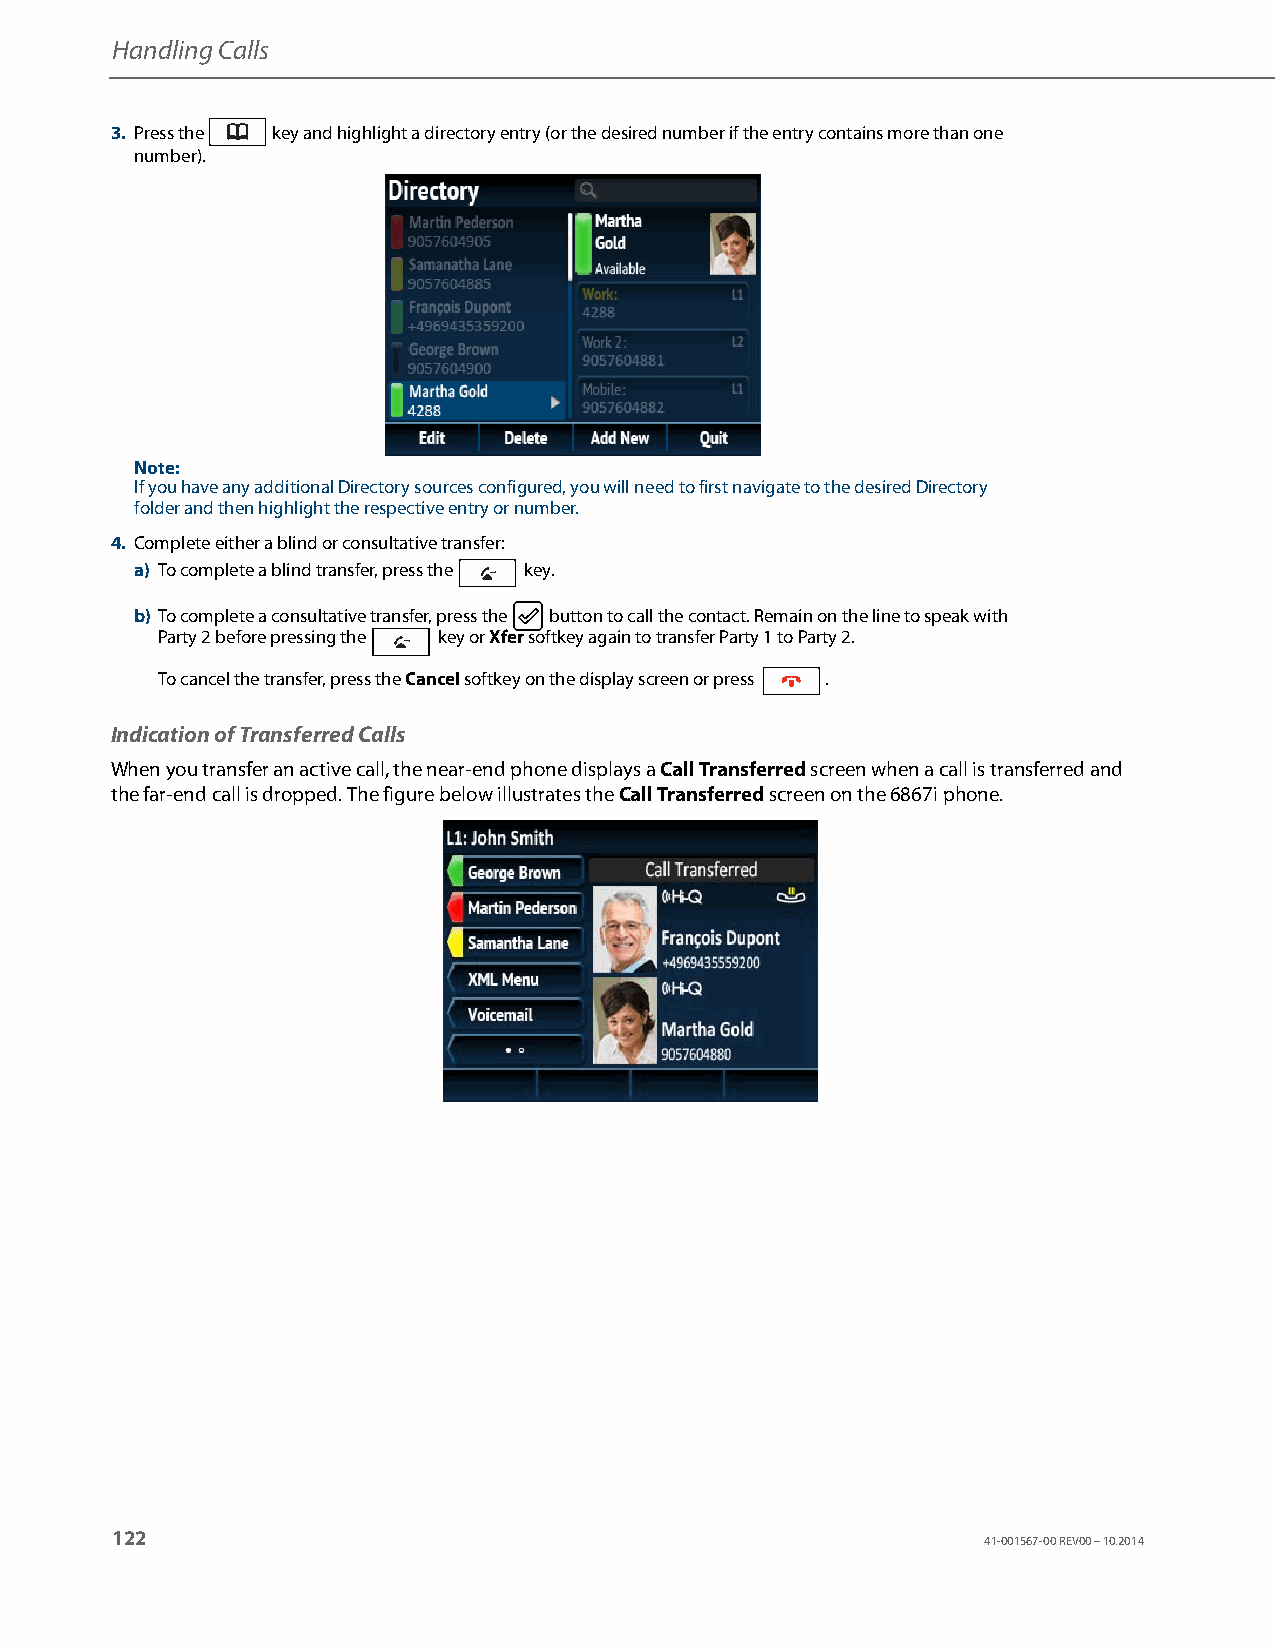
Handling Calls
 3. Press the key and highlight a directory entry (or the desired number if the entry contains more than one
 number).
 Note:
 If you have any additional Directory sources configured, you will need to first navigate to the desired Directory
 folder and then highlight the respective entry or number.
 4. Complete either a blind or consultative transfer:
 a) To complete a blind transfer, press the key.
 b) To complete a consultative transfer, press the button to call the contact. Remain on the line to speak with
 Party 2 before pressing the key or Xfer softkey again to transfer Party 1 to Party 2.
 To cancel the transfer, press the Cancel softkey on the display screen or press .
 Indication of Transferred Calls
 When you transfer an active call, the near-end phone displays a Call Transferred screen when a call is transferred and
 the far-end call is dropped. The figure below illustrates the Call Transferred screen on the 6867i phone.
 122
 41-001567-00 REV00 – 10.2014